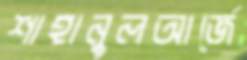
শাহানুলআর্জে